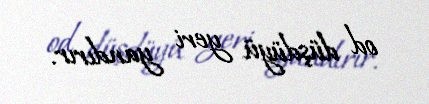
od düşdüyü yeri yandırır.